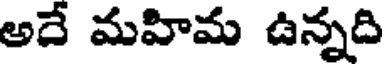
అదే మహిమ ఉన్నది